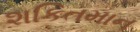
શકિતમાન